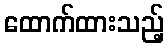
ထောက်ထားသည့်